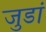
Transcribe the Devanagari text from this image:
जुडां